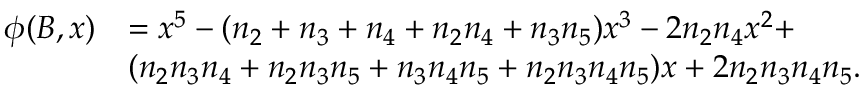
\begin{array} { r l } { \phi ( B , x ) } & { = x ^ { 5 } - ( n _ { 2 } + n _ { 3 } + n _ { 4 } + n _ { 2 } n _ { 4 } + n _ { 3 } n _ { 5 } ) x ^ { 3 } - 2 n _ { 2 } n _ { 4 } x ^ { 2 } + } \\ & { ( n _ { 2 } n _ { 3 } n _ { 4 } + n _ { 2 } n _ { 3 } n _ { 5 } + n _ { 3 } n _ { 4 } n _ { 5 } + n _ { 2 } n _ { 3 } n _ { 4 } n _ { 5 } ) x + 2 n _ { 2 } n _ { 3 } n _ { 4 } n _ { 5 } . } \end{array}